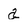
Character: a